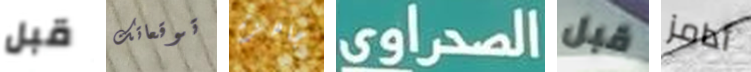
قبل توقعاتك جاهزة الصحراوي قبل أدامز